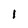
Character: l